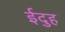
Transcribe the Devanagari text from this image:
ईदुह